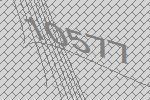
10577